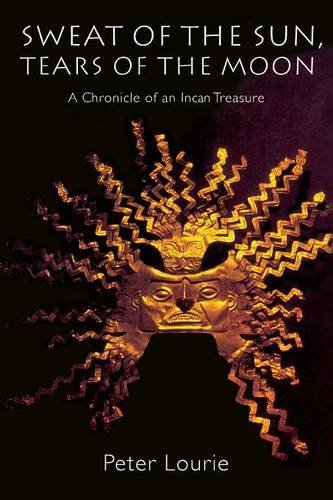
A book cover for Sweat of the Sun, Tears of the Moon: A Chronicle of an Incan Treasure; Peter Lourie; History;